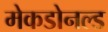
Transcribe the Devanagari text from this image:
मेकडोनल्ड